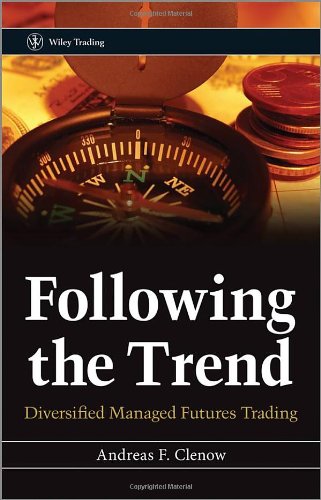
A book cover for Following the Trend: Diversified Managed Futures Trading; Andreas Clenow; Business & Money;